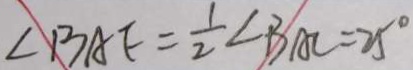
\angle B A E = \frac { 1 } { 2 } \angle B A C = 2 5 ^ { \circ }